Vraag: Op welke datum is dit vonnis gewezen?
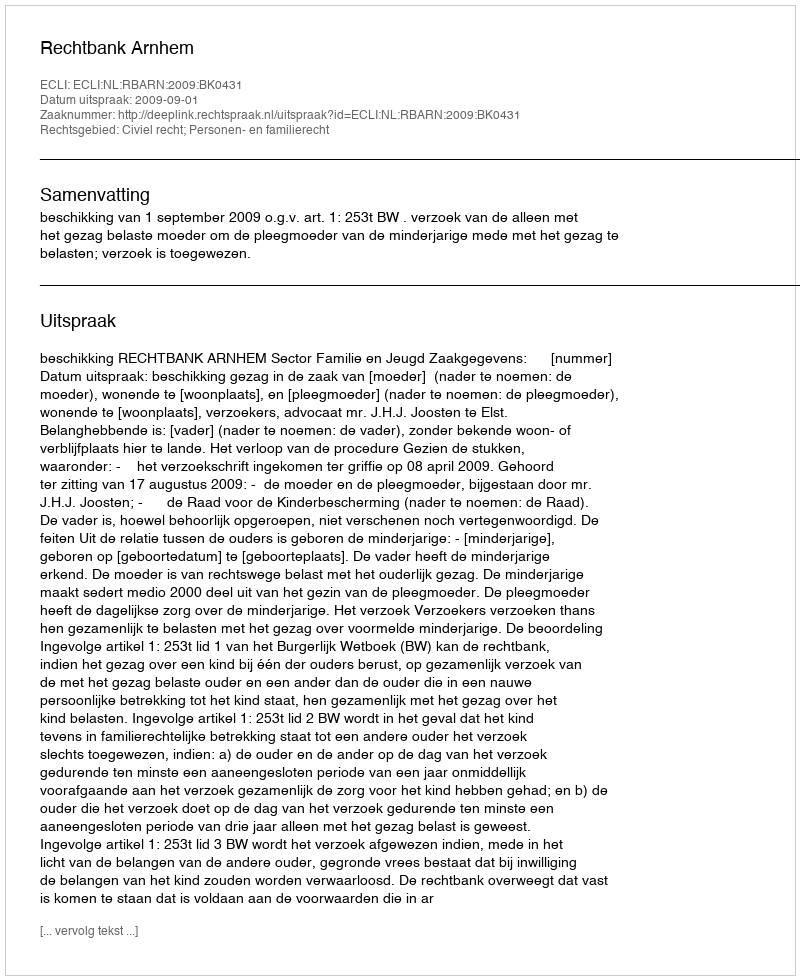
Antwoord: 2009-09-01